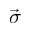
\vec { \sigma }